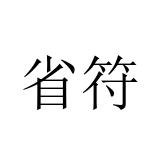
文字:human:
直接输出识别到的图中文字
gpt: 省符